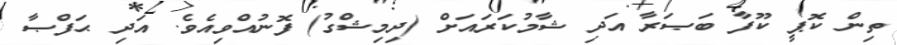
ތިން ކޮޕީ ކޫފާ ބަޞަރާ އަދި ޝާމުކަރައަށް (ދިމިޝްގު) ފޮނުއްވިއެވެ. އަދި ޙަފްޞާ